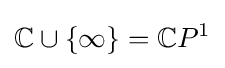
\mathbb {C} \cup \{\infty \}=\mathbb {C} P^{1}